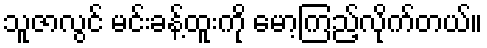
သူဇာလွင် မင်းခန့်ထူးကို မော့ကြည့်လိုက်တယ်။